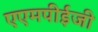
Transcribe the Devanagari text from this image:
एएमपीईजी